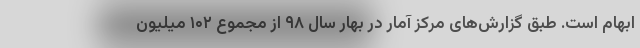
ابهام است. طبق گزارش‌های مرکز آمار در بهار سال ۹۸ از مجموع ۱۰۲ میلیون